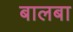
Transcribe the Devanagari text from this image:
बालबा